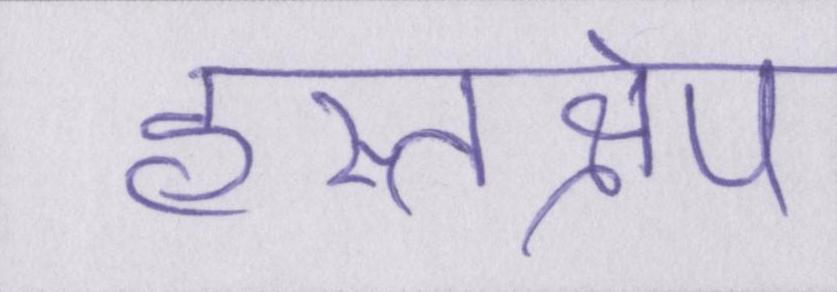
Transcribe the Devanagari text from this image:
हस्तक्षेप